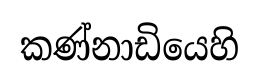
කණ්නාඩියෙහි